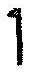
1